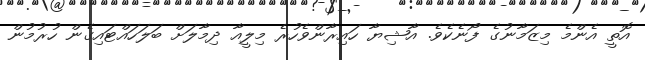
އޮތީ އެންމެ މިޒަމާނުގެ ފޯނެކެވެ. އާޝިޔާ ހައިރާންވެހުރެ މިލީއާ ދިމާލަށް ބަލަހައްޓައިގެން ހުރުމުން